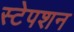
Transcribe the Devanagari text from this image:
स्‍टेपशन